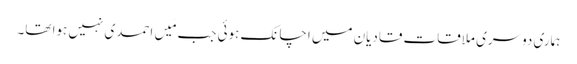
ہماری دوسری ملاقات قادیان میں اچانک ہوئی جب مَیں احمدی نہیں ہوا تھا۔